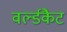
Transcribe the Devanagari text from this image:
वर्ल्डकैट